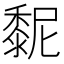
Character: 𪏸